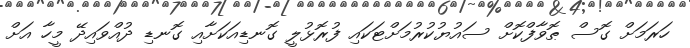
ހަރަމަށް ގޮސް ޠޮވާފްކޮށް ސައުޔުކުރުމަށްޓަކައި ފުރޮޅުލީ ގޮނޑިއަކަށާއި ގޮނޑި ދުއްވައިދޭ މީހާ އަށް